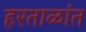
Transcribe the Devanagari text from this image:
हरताळांत